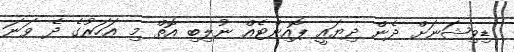
ޑިވިޝަނަށް ދެން ދިޔައީ ޕޮއިންޓެއް ނުލިބި އޮތް މި އަހަރުގެ ދެ ވަނަ